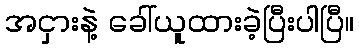
အငှားနဲ့ ခေါ်ယူထားခဲ့ပြီးပါပြီ။